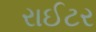
રાઈટર